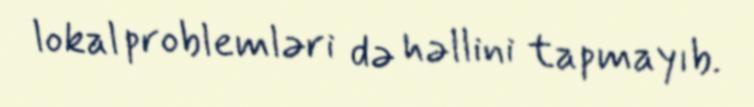
lokal problemləri də həllini tapmayıb.